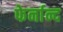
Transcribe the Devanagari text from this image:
फेर्नान्द